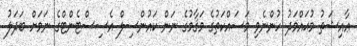
ޢާއިޝަތު މުޙައްމަދު ހުންނެވި މަސައްކަތުގެ މަޤާމުގެ ނަން ކައުންސިލް އެސިސްޓެންޓްގެ ނަމަށް ބަދަލު